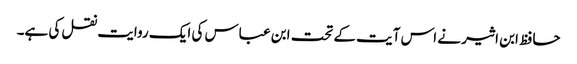
حافظ ابن اثیر نے اس آیت کے تحت ابن عباس کی ایک روایت نقل کی ہے۔